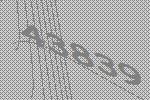
43839